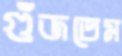
গুঁজতেম